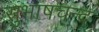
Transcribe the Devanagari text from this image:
सुभाषचन्द